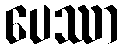
ပေဿာ